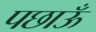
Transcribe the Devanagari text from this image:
पछाऊँ